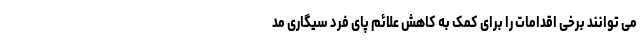
می توانند برخی اقدامات را برای کمک به کاهش علائم پای فرد سیگاری مد